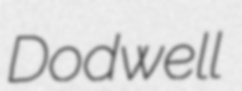
Dodwell